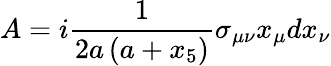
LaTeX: A=i\frac{1}{2a\left(a+x_{5}\right)}\sigma_{\mu\nu}x_{\mu}dx_{\nu}